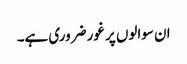
ان سوالوں پر غور ضروری ہے۔